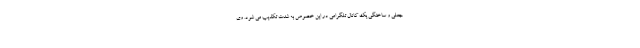
جعلی و ساختگی یک کانال تلگرامی در این خصوص به شدت تکذیب می شود. وی